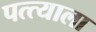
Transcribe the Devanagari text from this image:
पत्त्याला